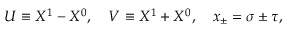
U \equiv X ^ { 1 } - X ^ { 0 } , \ \ \ V \equiv X ^ { 1 } + X ^ { 0 } , \ \ \ x _ { \pm } = \sigma \pm \tau ,